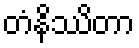
တံနိဿိတာ